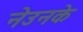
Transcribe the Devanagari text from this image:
नेउनके